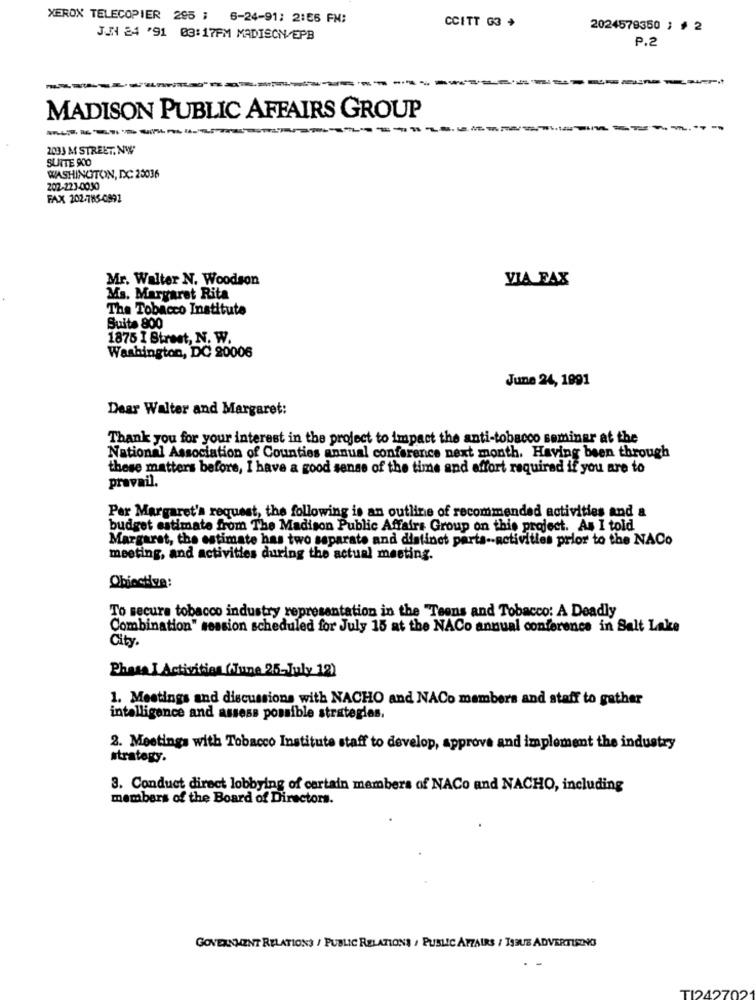
XEROX TELECOPIER 295 ; 6-24-91; 2:55 FM:
CCITT G3 +
2024578350 ; # 2
JJN 24 '91 03:17PM MADISON/EPB
P.2
MADISON PUBLIC AFFAIRS GROUP
----
2033 M STREET, NW
SUITE 900
WASHINGTON, DC 23036
202-223-0030
FAX 202-785-0992
Mr. Walter N. Woodson
VIA FAX
Ma. Margaret Rita
The Tobacco Institute
Suite 800
1875 I Street, N. W.
Washington, DC 20006
June 24, 1991
Dear Walter and Margaret:
Thank you for your interest in the project to impact the anti-tobacco seminer at the
National Association of Counties annual conference next month. Having been through
these matters before, I have a good sense of the time and effort required if you are to
pravail.
Per Margaret's request, the following is an outline of recommended activities and a
budget estimate from The Madison Public Affairs Group on this project. As I told
Margaret, the estimate has two separate and distinct parta -- activities prior to the NACo
meeting, and activities during the actual meeting.
Obiective:
To secure tobacco industry representation in the "Teens and Tobacco: A Deadly
Combination" session scheduled for July 15 at the NACo annual conference in Salt Lake
City.
Phasa I Activities (June 25-July 12)
1. Meetings and discussions with NACHO and NACo members and staff to gather
intelligence and assess possible strategies.
2. Meetings with Tobacco Institute staff to develop, approve and implement the industry
strategy.
3. Conduct direct lobbying of certain members of NACo and NACHO, including
members of the Board of Directors.
GOVERNMENT RELATIONS / PUBLIC RELATIONS / PUBLIC AFFAIRS / TSUE ADVERTISING
TI2427021